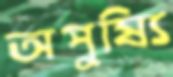
অপুষ্যি